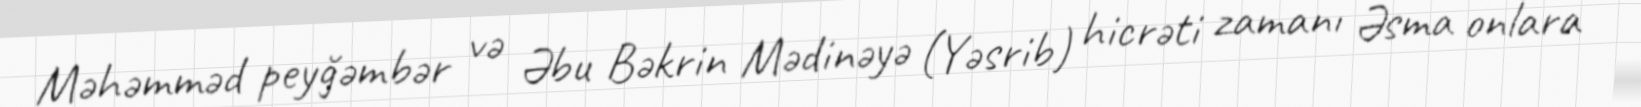
Məhəmməd peyğəmbər və Əbu Bəkrin Mədinəyə (Yəsrib) hicrəti zamanı Əsma onlara